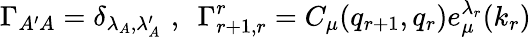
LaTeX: \Gamma_{A^{\prime}A}=\delta_{\lambda_{A},\lambda_{A}^{\prime}}\, \, ,\, \, \, \Gamma_{r+1,r}^{r}=C_{\mu}(q_{r+1},q_{r})e_{\mu}^{\lambda_{r}}(k_{r})